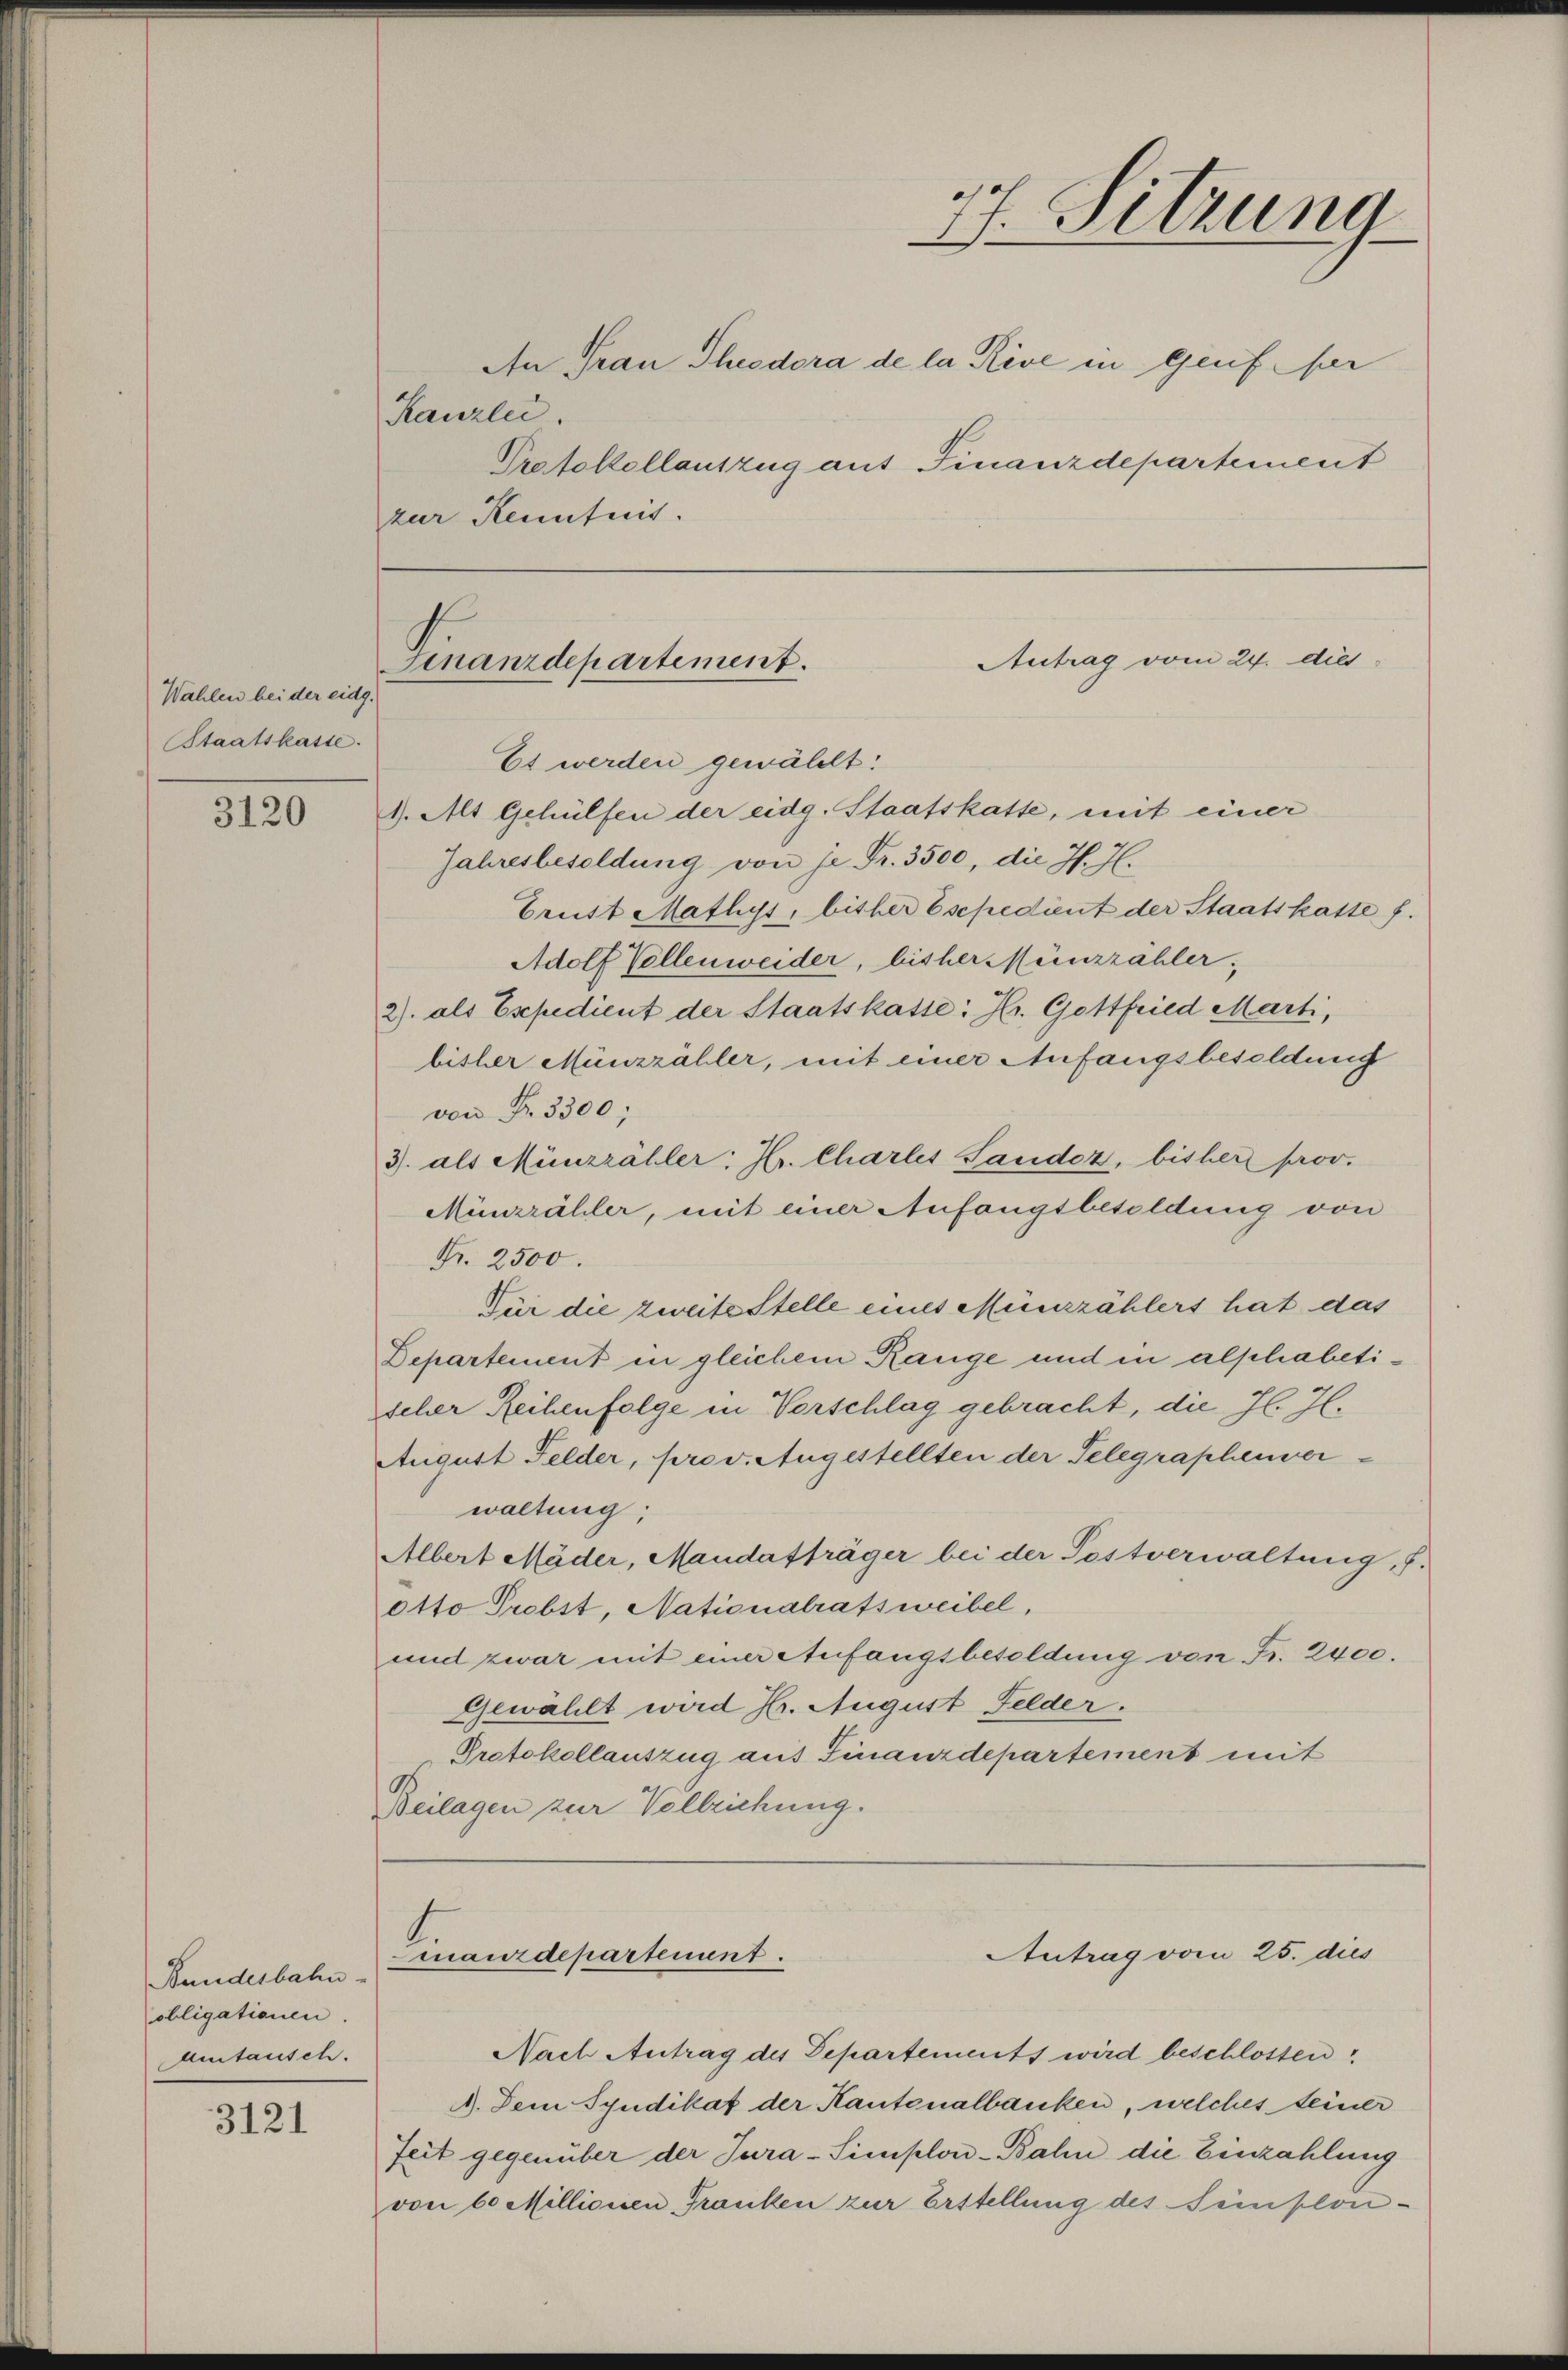
Wahlen bei der eidg.
Staatskasse.

3120

Bundesbahn-
obligationen.
Austausch.

3121

Finanzdepartement.

Es werden gewählt:
1. Alt Gehülfen der eidg. Staatskatte, mit einer
Jahresbesoldung von je Fr. 3500, die J. H.
Brust Mathys, bisher Esepedient der Staatskaste f.
Adolf Vollenweider, bisher Münzzähler,
2) als Esepedient der Staatskasse: Hr. Gottfried Marti,
bisher Münzzähler, mit einer Anfangsbesoldung
von Fr. 3300;
3. als Münzzähler; Hr. Charles Sandoz, bisher prov.
Münzrähler, mit einer Anfangsbesoldung von
Fr. 2500.
Für die zweite Stelle eines Münzählers hat das
Departement in gleichem Range und in alphabetischer Reihenfolge in Vorschlag gebracht, die J. J.
August Felder, prov. Augestellten der Telegraphenver-
waltung;
Albert Mäder, Mandatträger bei der Postverwaltung, J.
otto Probst, Nationalratsweibel,
und zwar mit einer Anfangsbesoldung von Fr. 2400.
Gewählt wird Hr. August Felder.
Protokollauszug aus Finanzdepartement mit
Beilagen zur Vollziehung.

Kanzlei
Protokollauszug auf Finanzdepartement
zur Kenntnis.

maurdepartenunt

77. Sitzung
An Frau Theodora de la Réve in greiffer

Antrag vom 24. dies

Antrag vom 25. dies

Nach Antrag des Departements wird beschlossen
A. Dem Syndikat der Kantonalbanken, welches seiner
Zeit gegenüber der Jura-Simplon-Bahn die Einzahlung
von 60 Millionen Franken zur Erstellung des Semplon¬